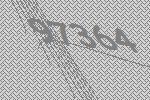
97364